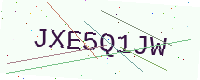
Text: JXE5Q1JW